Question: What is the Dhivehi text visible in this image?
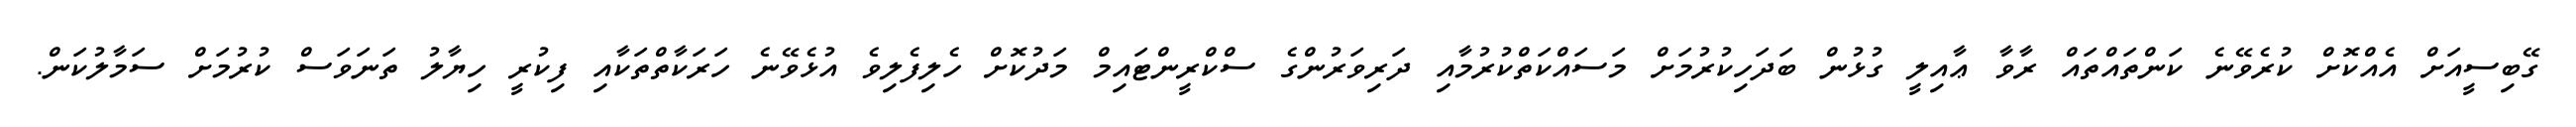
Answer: ގޭބިސީއަށް އެއްކޮށް ކުރެވޭނެ ކަންތައްތައް ރާވާ ޢާއިލީ ގުޅުން ބަދަހިކުރުމަށް މަސައްކަތްކުރުމާއި ދަރިވަރުންގެ ސްކްރީންޓައިމް މަދުކޮށް ހެލިފެލިވެ އުޅެވޭނެ ހަރަކާތްތަކާއި ފިކުރީ ހިޔާލު ތަނަވަސް ކުރުމަށް ސަމާލުކަން.